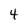
Character: 4